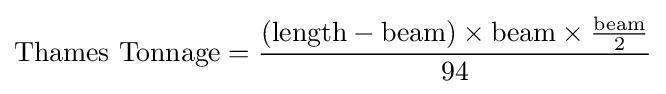
{\text{Thames Tonnage}}={\frac {({\text{length}}-{\text{beam}})\times {\text{beam}}\times {\frac {\text{beam}}{2}}}{94}}